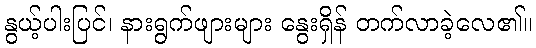
နွယ့်ပါးပြင်၊ နားရွက်ဖျားများ နွေးရှိန် တက်လာခဲ့လေ၏။